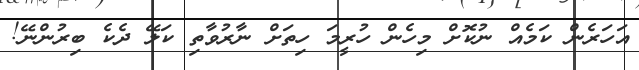
އަހަރެން ކަމެއް ނުކޮށް މިހެން ހުރީމަ ހިތަށް ނާރުވާތި ކަލޭ ދެކެ ބިރުންނޭ!